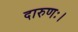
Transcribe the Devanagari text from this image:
दारुणः।